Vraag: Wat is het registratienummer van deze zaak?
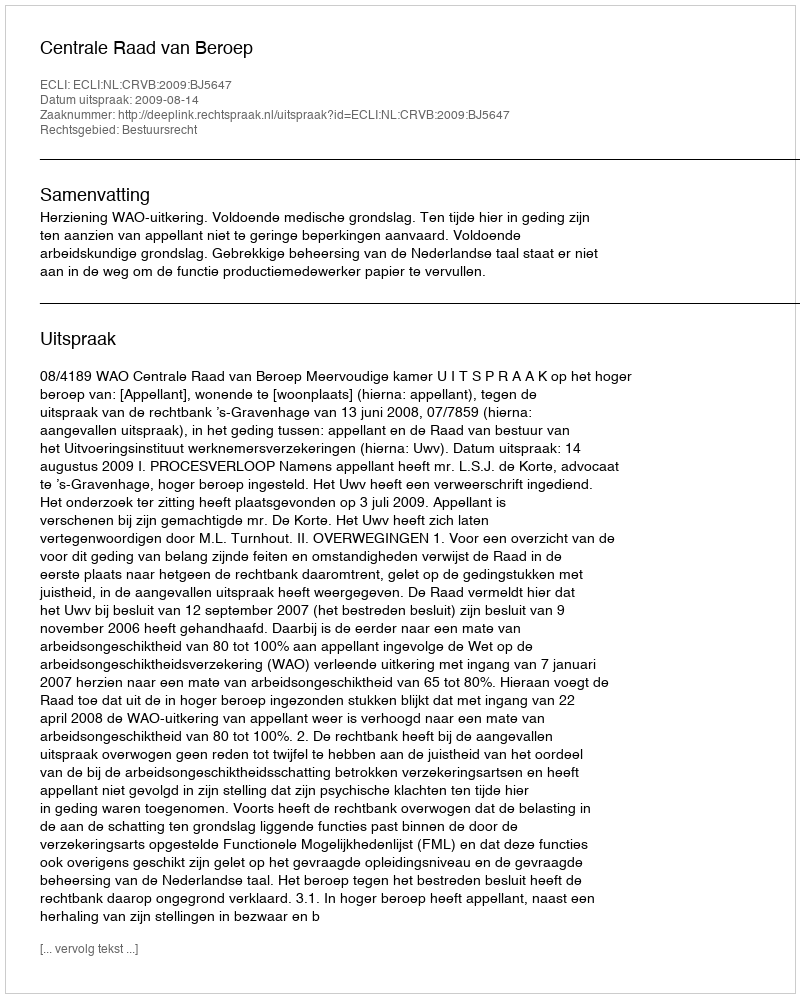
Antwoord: http://deeplink.rechtspraak.nl/uitspraak?id=ECLI:NL:CRVB:2009:BJ5647